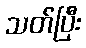
သတ်ပြီး